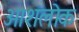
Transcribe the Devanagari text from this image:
आशलोक